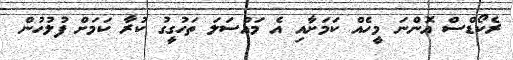
ރެކޯޑްސް އޮންނަ މީހެއް ކަމަށާއި އެ މައްސަލަ ތަހުގީގު ކުރާ ކަމަށް ފުލުހުން